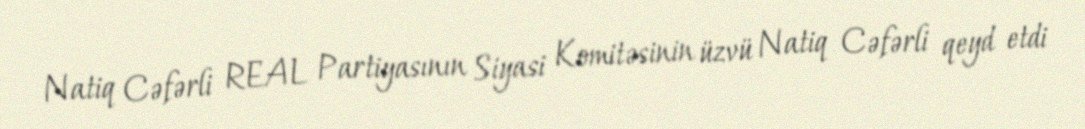
Natiq Cəfərli REAL Partiyasının Siyasi Komitəsinin üzvü Natiq Cəfərli qeyd etdi